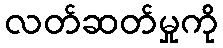
လတ်ဆတ်မှုကို